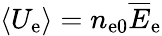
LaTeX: \langle U_{\mathrm{e}}\rangle=n_{\mathrm{e0}}\overline{E}_{\mathrm{e}}